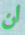
ان